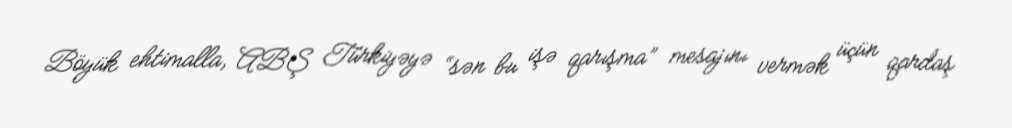
Böyük ehtimalla, ABŞ Türkiyəyə “sən bu işə qarışma” mesajını vermək üçün qardaş